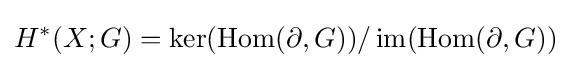
H^{*}(X;G)=\ker(\operatorname {Hom} (\partial ,G))/\operatorname {im} (\operatorname {Hom} (\partial ,G))